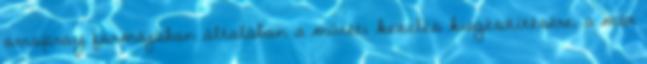
orrspray formájában általában a műtéti kezelés kiegészítésére, a már